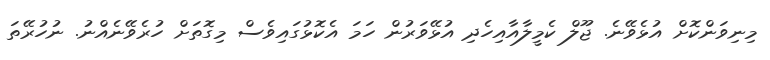
މިނިވަންކޮށް އުޅެވޭނެ. ޖޫލް ކެމީލާއާއިހެދި އުޅޭވަރުން ހަމަ އެކޮޅުގައިވެސް މިގޮތަށް ހުރެވޭނެއްނު. ނުހުރޭތަ